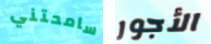
سامحتني الأجور